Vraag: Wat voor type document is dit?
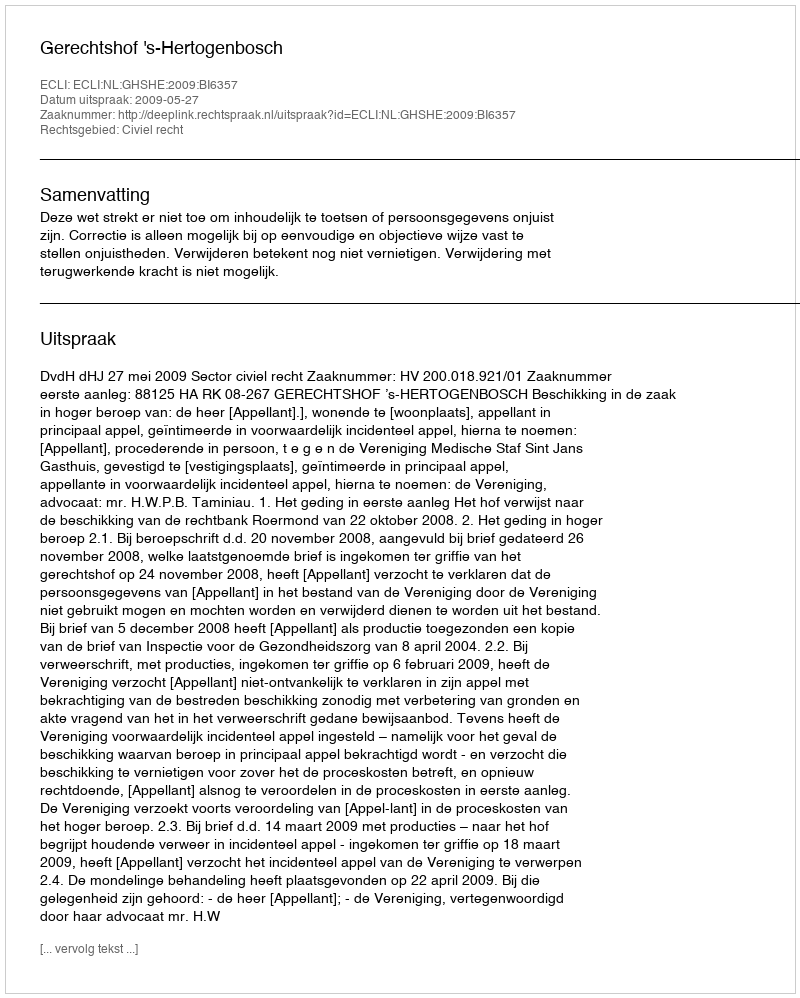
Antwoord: Uitspraak